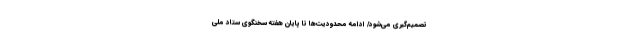
تصمیم‌گیری می‌شود/ ادامه محدودیت‌ها تا پایان هفته سخنگوی ستاد ملی